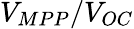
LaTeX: V_{MPP}/V_{OC}